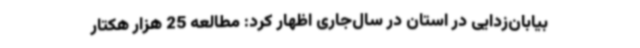
بیابان‌زدایی در استان در سال‌جاری اظهار کرد: مطالعه 25 هزار هکتار